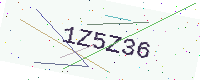
Text: 1Z5Z36